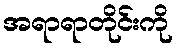
အရာရာတိုင်းကို